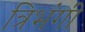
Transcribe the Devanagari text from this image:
त्रिभंगीं